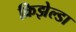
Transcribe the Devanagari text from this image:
क्रिझेल्डा